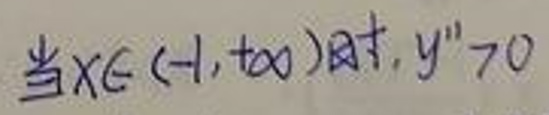
当$x\in(-1,+\infty)$时, $y''>0$